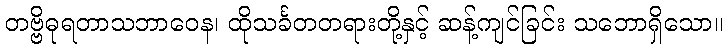
တဗ္ဗိဓုရတာသဘာဝေန၊ ထိုသင်္ခတတရားတို့နှင့် ဆန့်ကျင်ခြင်း သဘောရှိသော။